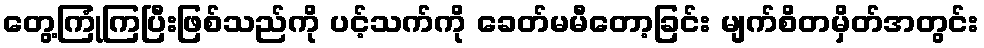
တွေ့ကြုံကြပြီးဖြစ်သည်ကို ပင့်သက်ကို ခေတ်မမီတော့ခြင်း မျက်စိတမှိတ်အတွင်း